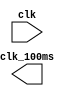
`timescale 1ns / 1ps

module clk_100ms( 
	input clk, 
	output reg clk_100ms
);
	 
	reg [31:0] cnt;

	initial begin
		cnt = 32'b0;
	end

	wire[31:0] cnt_next;
	assign cnt_next = cnt + 1'b1;

	always @(posedge clk) begin
		/* Your code here */
	
	end

endmodule